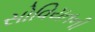
સોવિયતની